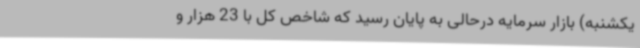
یکشنبه) بازار سرمایه درحالی به پایان رسید که شاخص کل با 23 هزار و